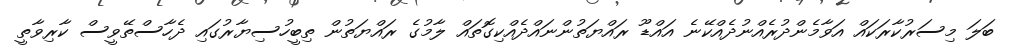
ބަލަ މިސަރުކާރަކައް އަވާމެންދުރެއްނުދެއްކޭނެ އައްޑޫ ރައްޔަތުންނައްދެއްކިގޮތައް ލާމުގެ ރައްޔަތުން ތިބީހުސިޔާރުގައި ދެހާސްތޭވީސް ކާރިވާތީ